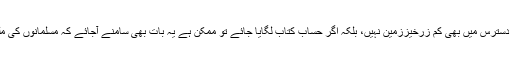
زرخیز زمین غیر مسلموں کے پاس ہے تو مسلمانوں کی دسترس میں بھی کم زرخیززمین نہیں، بلکہ اگر حساب کتاب لگایا جائے تو ممکن ہے یہ بات بھی سامنے آجائے کہ مسلمانوں کی ملکیت میں موجود زمین دیگر اقوام سے زیادہ زرخیز ہے۔